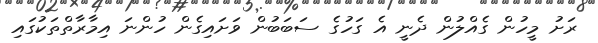
ރަށު މީހުން ގެއްލުން ދެނީ އެ ގަހުގެ ސަބަބުން ވަށައިގެން ހުންނަ އިމާރާތްތަކުގައި